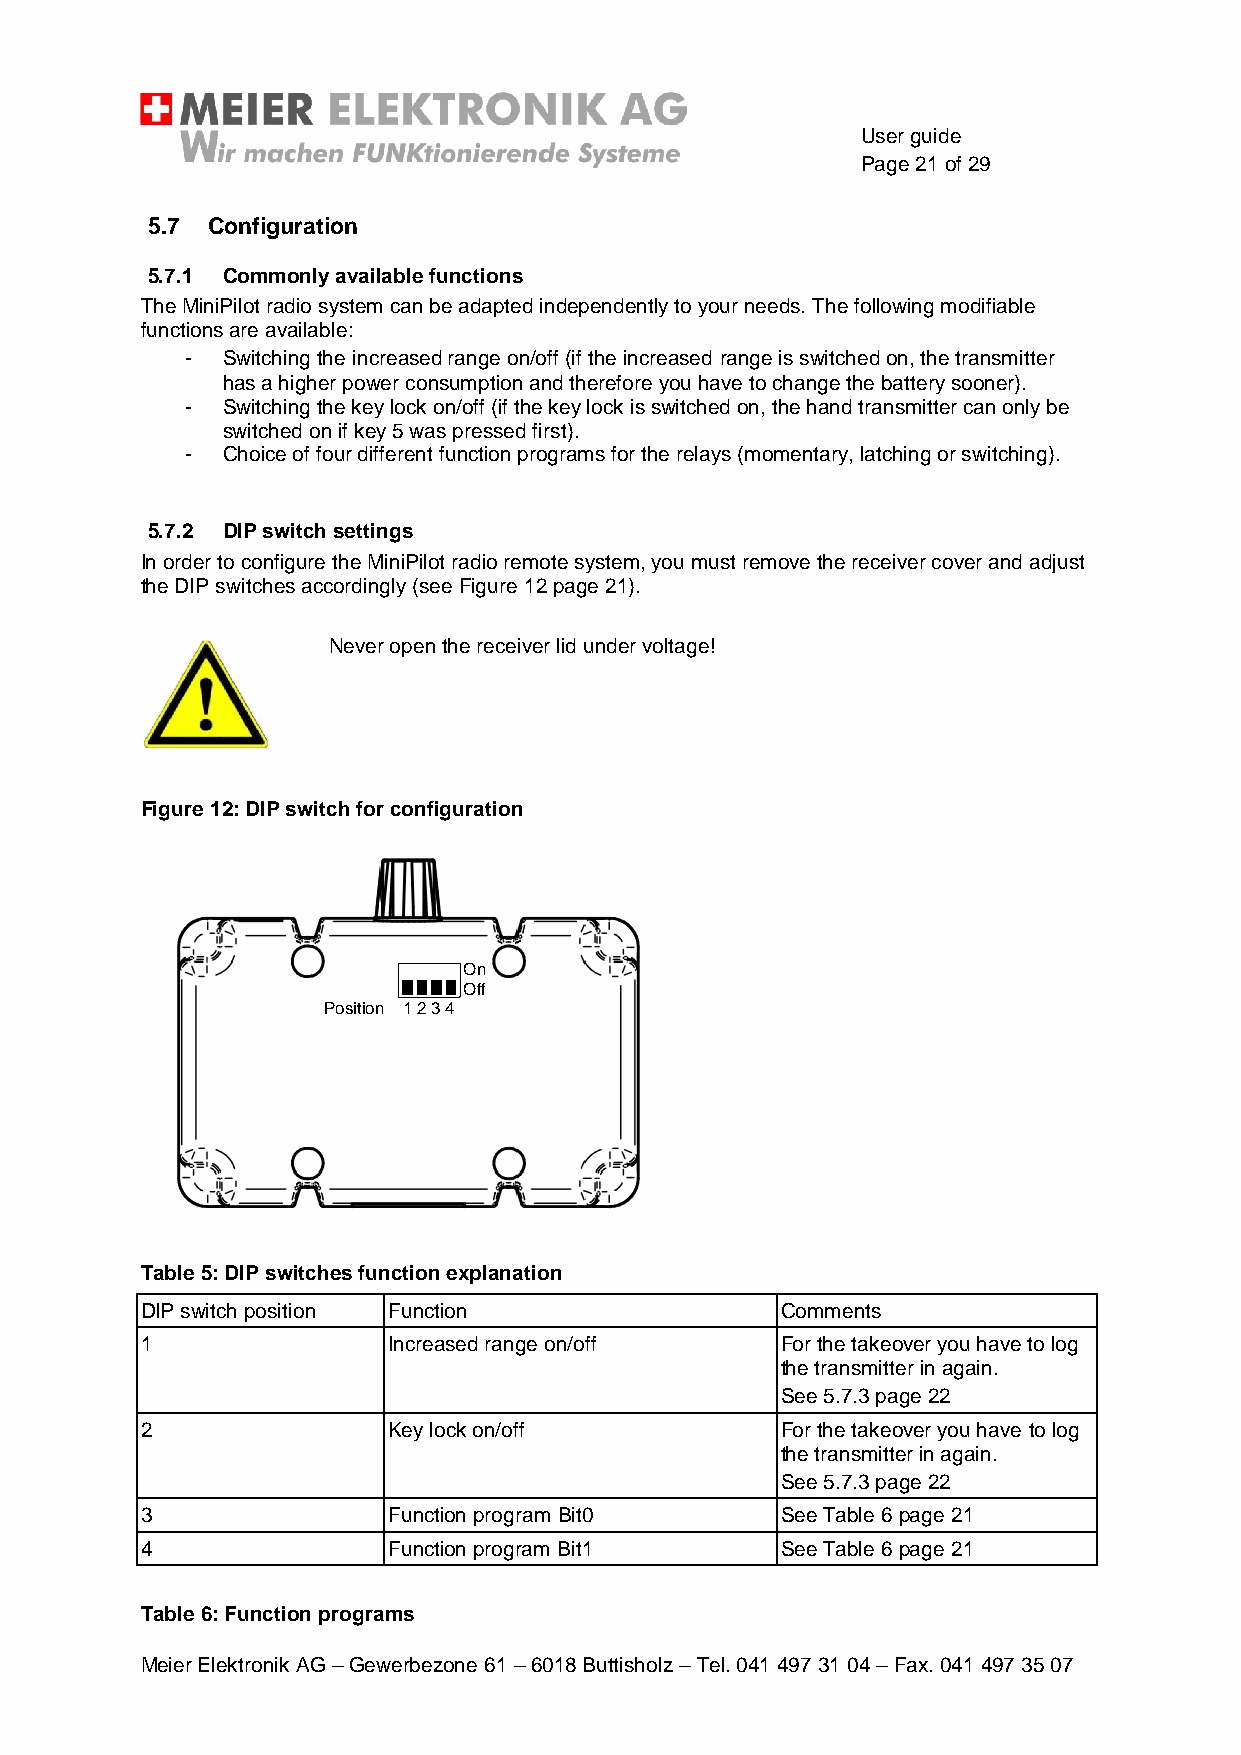
User guide
 Page 21 of 29
 5.7 Configuration
 5.7.1 Commonly available functions
 The MiniPilot radio system can be adapted independently to your needs. The following modifiable
 functions are available:
 -  Switching the increased range on/off (if the increased range is switched on, the transmitter
 has a higher power consumption and therefore you have to change the battery sooner).
 -  Switching the key lock on/off (if the key lock is switched on, the hand transmitter can only be
 switched on if key 5 was pressed first).
 -  Choice of four different function programs for the relays (momentary, latching or switching).
 5.7.2 DIP switch settings
 In order to configure the MiniPilot radio remote system, you must remove the receiver cover and adjust
 the DIP switches accordingly (see Figure 12 page 21).
 Never open the receiver lid under voltage!
 Figure 12: DIP switch for configuration
 On
 Off
 Position 1 2 3 4
 Table 5: DIP switches function explanation
 DIP switch position Function               Comments
 1                Increased range on/off    For the takeover you have to log
 the transmitter in again.
 See 5.7.3 page 22
 2                Key lock on/off           For the takeover you have to log
 the transmitter in again.
 See 5.7.3 page 22
 3                Function program Bit0     See Table 6 page 21
 4                Function program Bit1     See Table 6 page 21
 Table 6: Function programs
 Meier Elektronik AG – Gewerbezone 61 – 6018 Buttisholz – Tel. 041 497 31 04 – Fax. 041 497 35 07